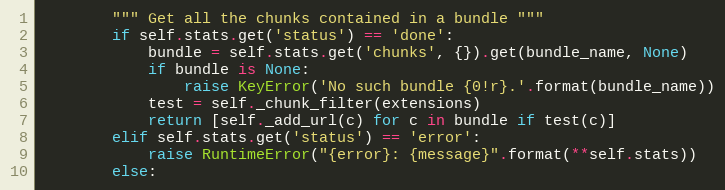
Language: Python
        """ Get all the chunks contained in a bundle """
        if self.stats.get('status') == 'done':
            bundle = self.stats.get('chunks', {}).get(bundle_name, None)
            if bundle is None:
                raise KeyError('No such bundle {0!r}.'.format(bundle_name))
            test = self._chunk_filter(extensions)
            return [self._add_url(c) for c in bundle if test(c)]
        elif self.stats.get('status') == 'error':
            raise RuntimeError("{error}: {message}".format(**self.stats))
        else: